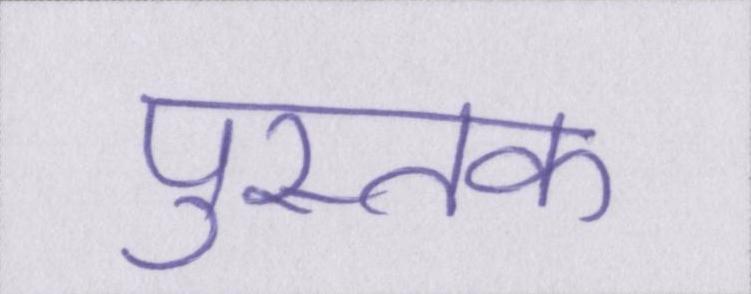
पुस्तक